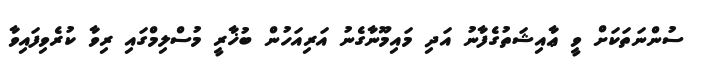
ސުންނަތަކަށް ވީ ޢާއިޝަތުގެފާނު އަދި މައިމޫނާގެނު އަރިއަހުން ބުޚާރީ މުސްލިމްގައި ރިވާ ކުރެވިފައިވާ